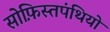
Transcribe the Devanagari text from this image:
सोफ़िस्तपंथियों